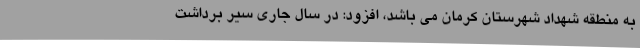
به منطقه شهداد شهرستان کرمان می باشد، افزود: در سال جاری سیر برداشت